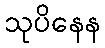
သုပိနေန